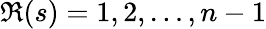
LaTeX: \Re(s)=1,2,\dots,n-1